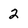
Character: 2